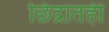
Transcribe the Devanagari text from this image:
छिद्रातही